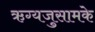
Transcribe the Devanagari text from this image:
ऋग्यजुसामके